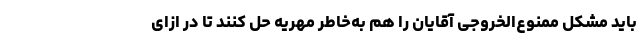
باید مشکل ممنوع‌الخروجی آقایان را هم به‌خاطر مهریه حل کنند تا در ازای